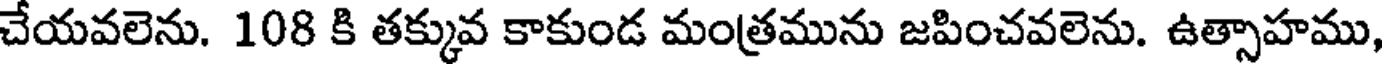
చేయవలెను. 108 కి తక్కువ కాకుండ మంత్రమును జపించవలెను. ఉత్సాహము,